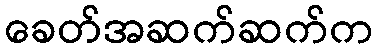
ခေတ်အဆက်ဆက်က